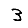
Digit: 3